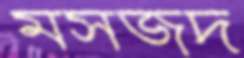
মসজদ